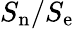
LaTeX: S_{\mathrm{n}}/S_{\mathrm{e}}